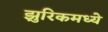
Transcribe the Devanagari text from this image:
झुरिकमध्ये